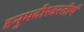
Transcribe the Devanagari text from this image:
हनुमदीश्वरतीर्थ